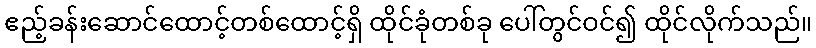
ဧည့်ခန်းဆောင်ထောင့်တစ်ထောင့်ရှိ ထိုင်ခုံတစ်ခု ပေါ်တွင်ဝင်၍ ထိုင်လိုက်သည်။